Elephants and their diseases
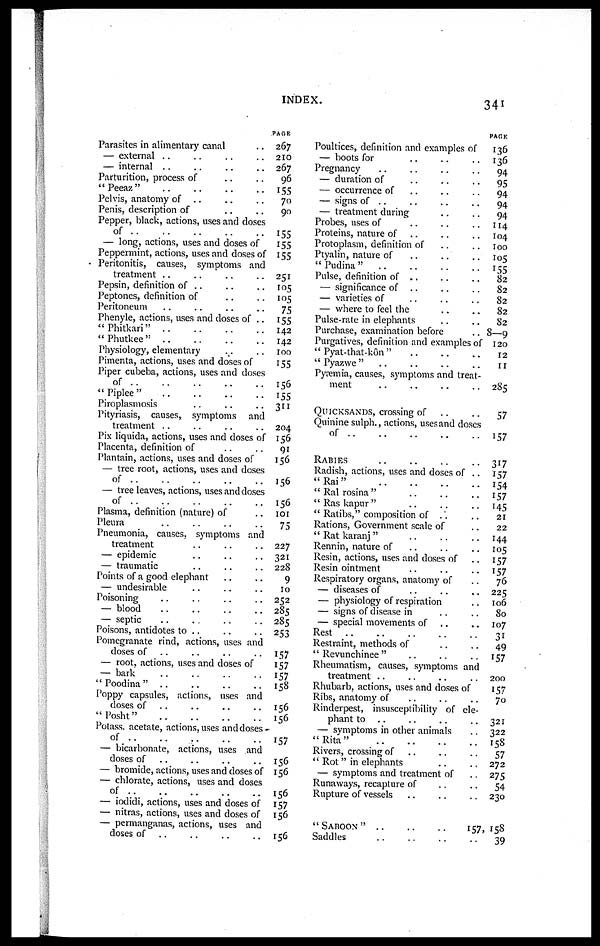
INDEX.
341
Parasites in alimentary canal
— external ..
— internal
Parturition, process of
"Peeaz"
Pelvis, anatomy of ..
Penis, description of
Pepper, black, actions, uses and doses
of
— long, actions, uses and doses of
Peppermint, actions, uses and doses of
Peritonitis, causes, symptoms and
treatment
Pepsin, definition of ..
Peptones, definition of
Peritoneum
Phenyle, actions, uses and doses of ..
"Phitkari"
"Phutkee"
Physiology, elementary
Pimenta, actions, uses and doses of
Piper cubeba, actions, uses and doses
of
"Piplee"
Piroplasmosis
Pityriasis, causes, symptoms and
treatment
Pix liquida, actions, uses and doses of
Placenta, definition of
Plantain, actions, uses and doses of
— tree root, actions, uses and doses
of
— tree leaves, actions, uses and doses
of
Plasma, definition (nature) of
Pleura
Pneumonia, causes, symptoms and
treatment
— epidemic
— traumatic
Points of a good elephant
— undesirable
Poisoning
— blood
— septic
Poisons, antidotes to ..
Pomegranate rind, actions, uses and
doses of
— root, actions, uses and doses of
— bark
"Poodina"
Poppy capsules, actions, uses and
doses of
"Posht"
PAGE
267
210
267
96
155
70
90
155
155
155
251
105
105
75
155
142
142
100
155
156
155
311
204
156
91
156
156
156
101
75
227
321
228
9
10
252
285
285
253
157
157
157
158
156
156
Potass, acetate, actions, uses and doses
of ..
— bicarbonate, actions, uses and
doses of
— bromide, actions, uses and doses of
— chlorate, actions, uses and doses
of
— iodidi, actions, uses and doses of
— nitras, actions, uses and doses of
— permanganas, actions, uses and
doses of
157
156
156
156
157
156
156
Poultices, definition and examples of
— boots for
Pregnancy
— duration of
— occurrence of
— signs of ..
— treatment during
Probes, uses of
Proteins, nature of
Protoplasm, definition of
Ptyalin, nature of
"Pudina"
Pulse, definition of .,
— significance of ..
— varieties of
— where to feel the
Pulse-rate in elephants
Purchase, examination before
Purgatives, definition and examples of
" Pyat-that-kôn "
"Pyazwe"
Pyremia, causes, symptoms and treat-
ment
QUICKSANDS, crossing of
Quinine sulph., actions, usesand doses
of
RABIES
Radish, actions, uses and doses of ..
"Rai"
"Ral rosina"
"Ras kapur"
" Ratibs," composition of ...
Rations, Government scale of
" Rat karanj "
Rennin, nature of
Resin, actions, uses and doses of
Resin ointment
Respiratory organs, anatomy of
— diseases of
— physiology of respiration
— signs of disease in
— special movements of
Rest
Restraint, methods of
" Revunchinee "
Rheumatism, causes, symptoms and
treatment
Rhubarb, actions, uses and doses of
Ribs, anatomy of
Rinderpest, insusceptibility of ele-
phant to ..
— symptoms in other animals
"Rita"
Rivers, crossing of
" Rot" in elephants
— symptoms and treatment of
Runaways, recapture of
Rupture of vessels
" SABOON "
Saddles
PAGE
136
136
94
95
94
94
94
114
104
100
105
155
82
82
82
82
82
8-9
120
12
11
285
57
157
317
157
154
157
145
21
22
144
105
157
157
76
225
106
80
107
31
49
157
200
157
70
321
322
158
57
272
275
54
230
157,158
39